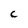
Character: c